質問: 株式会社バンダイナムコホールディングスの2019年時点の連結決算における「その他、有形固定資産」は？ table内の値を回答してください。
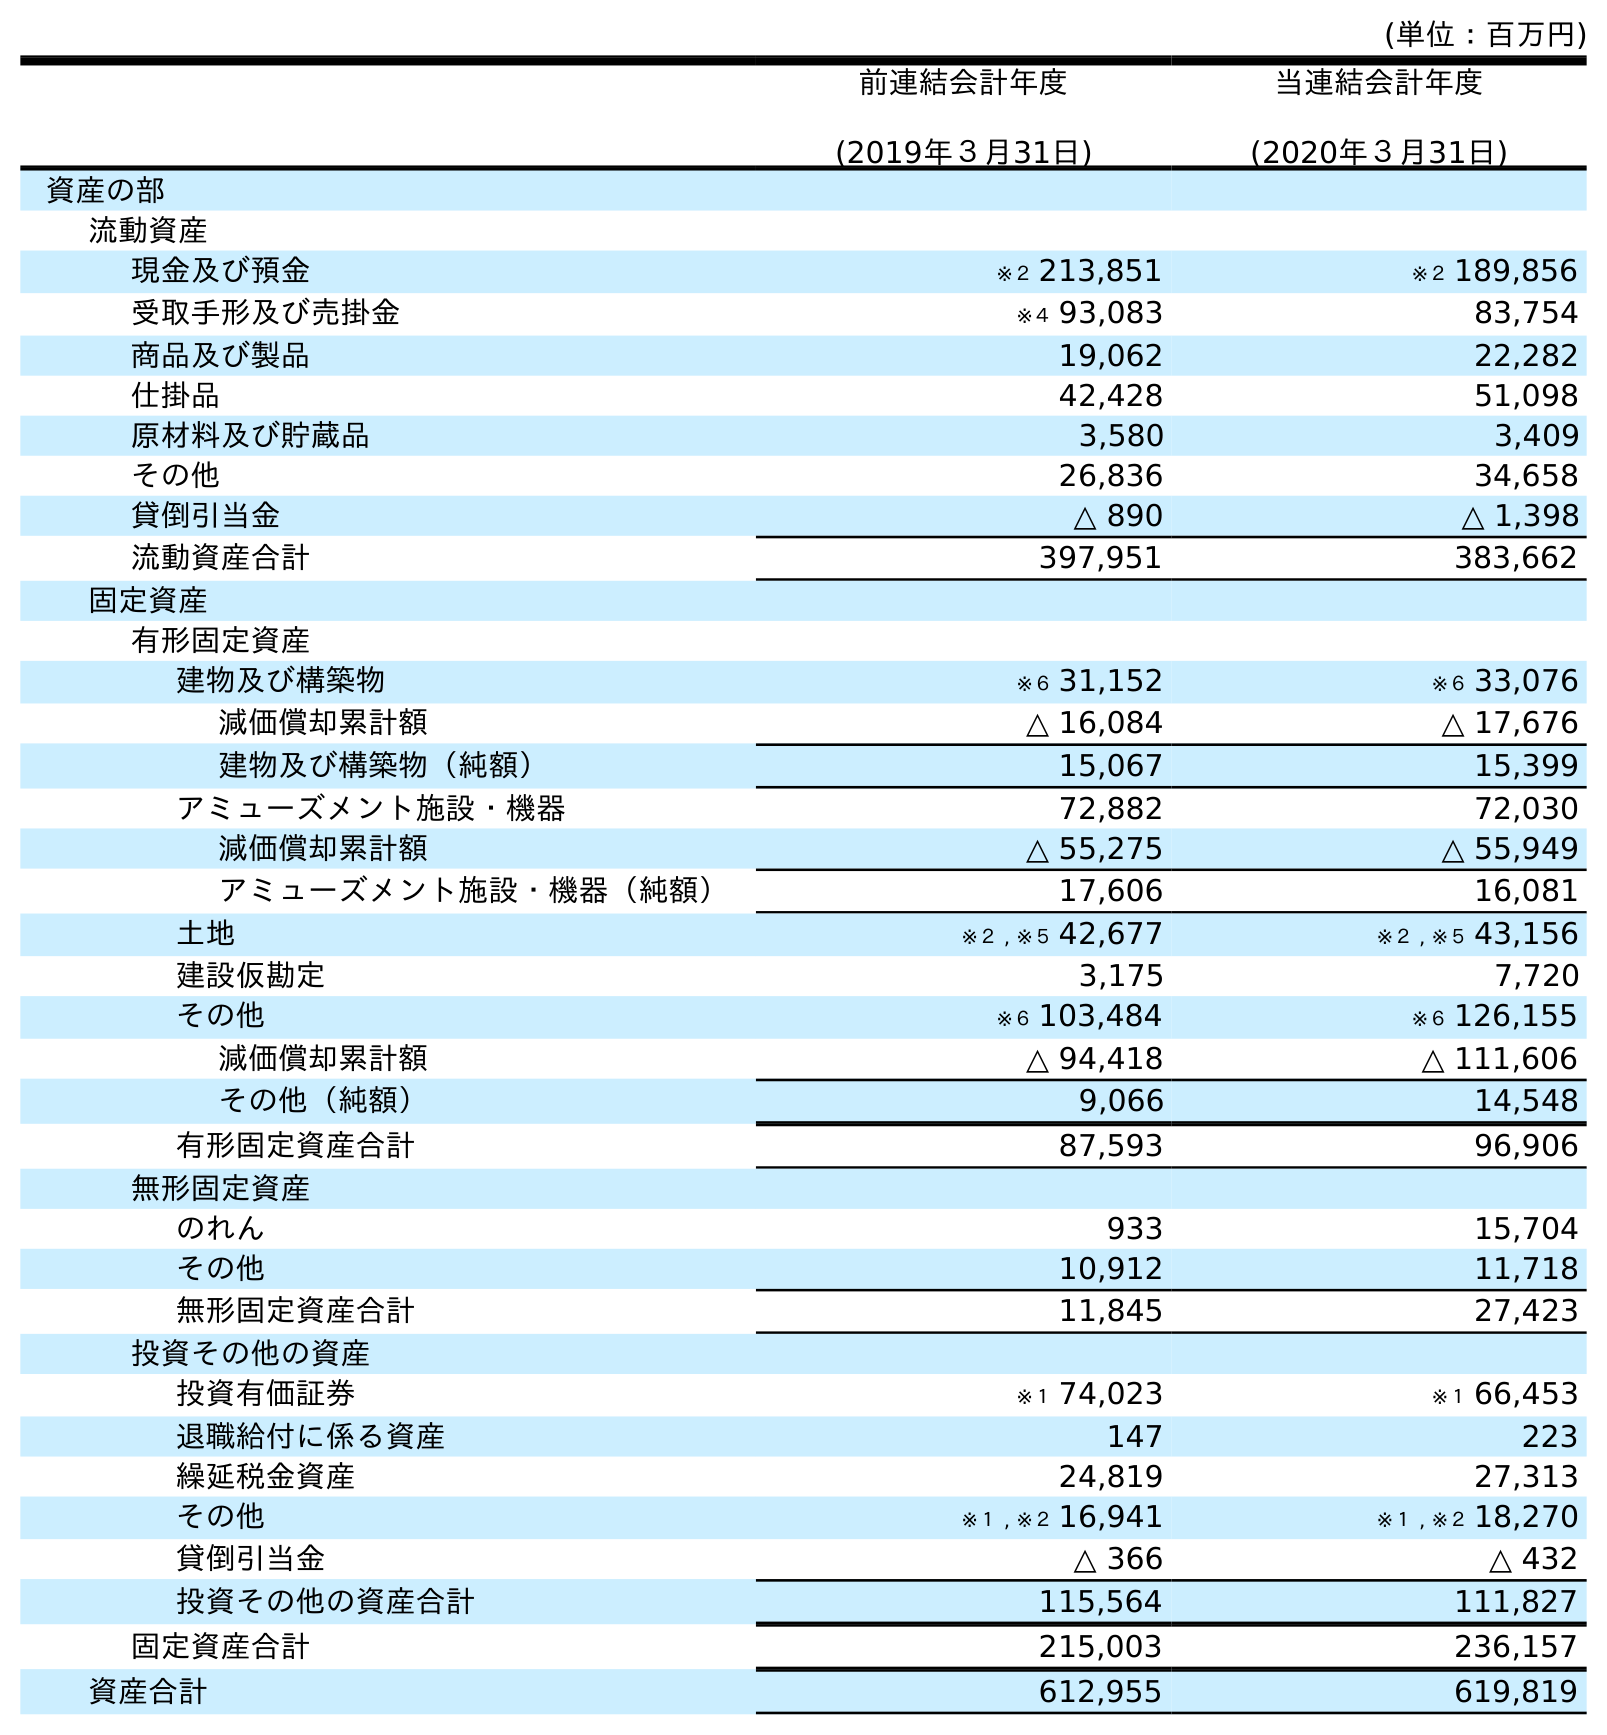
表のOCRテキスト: (単位：百万円) 前連結会計年度 (2019年３月31日) 当連結会計年度 (2020年３月31日) 資産の部 流動資産 現金及び預金 ※２ 213,851 ※２ 189,856 受取手形及び売掛金 ※４ 93,083 83,754 商品及び製品 19,062 22,282 仕掛品 42,428 51,098 原材料及び貯蔵品 3,580 3,409 その他 26,836 34,658 貸倒引当金 △ 890 △ 1,398 流動資産合計 397,951 383,662 固定資産 有形固定資産 建物及び構築物 ※６ 31,152 ※６ 33,076 減価償却累計額 △ 16,084 △ 17,676 建物及び構築物（純額） 15,067 15,399 アミューズメント施設・機器 72,882 72,030 減価償却累計額 △ 55,275 △ 55,949 アミューズメント施設・機器（純額） 17,606 16,081 土地 ※２ , ※５ 42,677 ※２ , ※５ 43,156 建設仮勘定 3,175 7,720 その他 ※６ 103,484 ※６ 126,155 減価償却累計額 △ 94,418 △ 111,606 その他（純額） 9,066 14,548 有形固定資産合計 87,593 96,906 無形固定資産 のれん 933 15,704 その他 10,912 11,718 無形固定資産合計 11,845 27,423 投資その他の資産 投資有価証券 ※１ 74,023 ※１ 66,453 退職給付に係る資産 147 223 繰延税金資産 24,819 27,313 その他 ※１ , ※２ 16,941 ※１ , ※２ 18,270 貸倒引当金 △ 366 △ 432 投資その他の資産合計 115,564 111,827 固定資産合計 215,003 236,157 資産合計 612,955 619,819
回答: ※６103,484